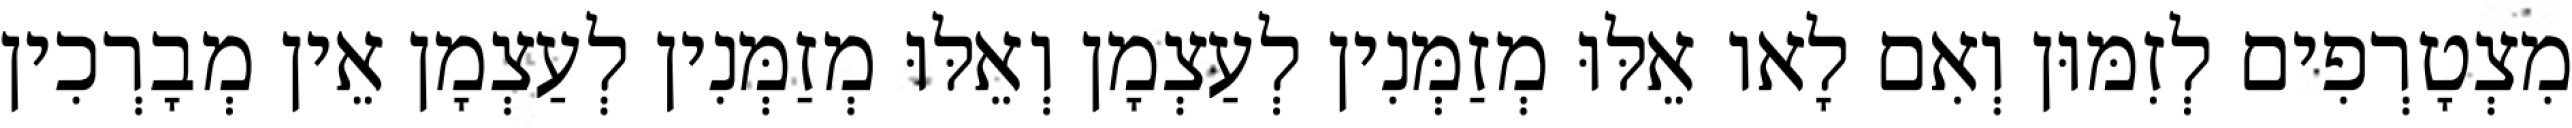
מִצְטָרְפִים לְזִמּוּן וְאִם לָאו אֵלּוּ מְזַמְּנִין לְעַצְמָן וְאֵלּוּ מְזַמְּנִין לְעַצְמָן אֵין מְבָרְכִין